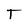
Character: T